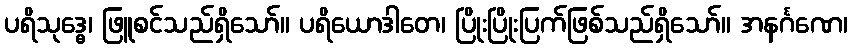
ပရိသုဒ္ဓေ၊ ဖြူစင်သည်ရှိသော်။ ပရိယောဒါတေ၊ ပြိုးပြိုးပြက်ဖြစ်သည်ရှိသော်။ အနင်္ဂဏေ၊